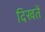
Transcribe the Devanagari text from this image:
दिखतें